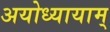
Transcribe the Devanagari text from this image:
अयोध्यायाम्